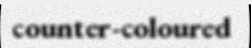
counter-coloured